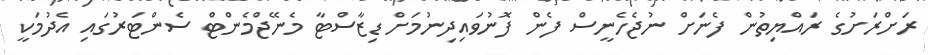
ރަށްރަށުގެ ރައްޔިތުން ފެނަށް ނުޖެހެނީސް ފެން ފޮނުވައިދިނުމަށް ޑިޒާސްޓާ މެނޭޖްމެންޓް ސެންޓަރުގައި އެދުމަކީ